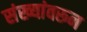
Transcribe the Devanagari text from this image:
संख्यांवरून